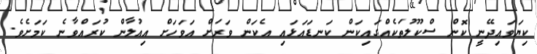
ކިޔަވައިދޭނީ ކޮން ސްކޫލުތަކެއްގައިކަން ކަނޑައަޅައި އެކަން ވަރަށް އަވަހަށް އިއުލާން ކުރައްވާނެ ކަމަށެވެ.